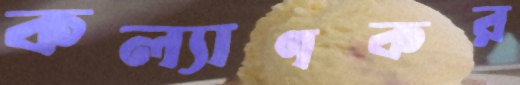
কল্যাণকর